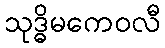
သုဒ္ဓိမကေဝလီ